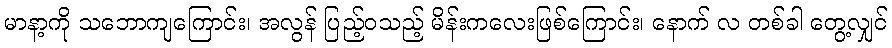
မာနာ့ကို သဘောကျကြောင်း၊ အလွန် ပြည့်ဝသည့် မိန်းကလေးဖြစ်ကြောင်း၊ နောက် လ တစ်ခါ တွေ့လျှင်